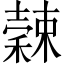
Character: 𥢉